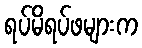
ရပ်မိရပ်ဖများက